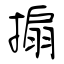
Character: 搧